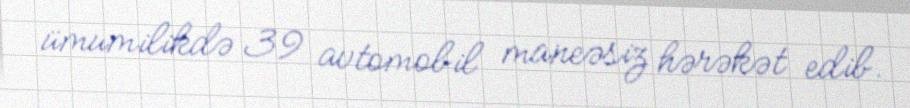
ümumilikdə 39 avtomobil maneəsiz hərəkət edib.